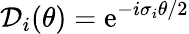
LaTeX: {\mathcal D}_{i}(\theta)=\mathrm{e}^{-i{\sigma}_{i}\theta/2}